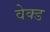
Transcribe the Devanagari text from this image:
वेक्ड